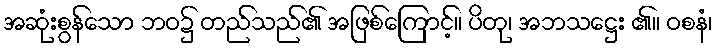
အဆုံးစွန်သော ဘဝ၌ တည်သည်၏ အဖြစ်ကြောင့်။ ပိတု၊ အဘသဋ္ဌေး ၏။ ဝစနံ၊